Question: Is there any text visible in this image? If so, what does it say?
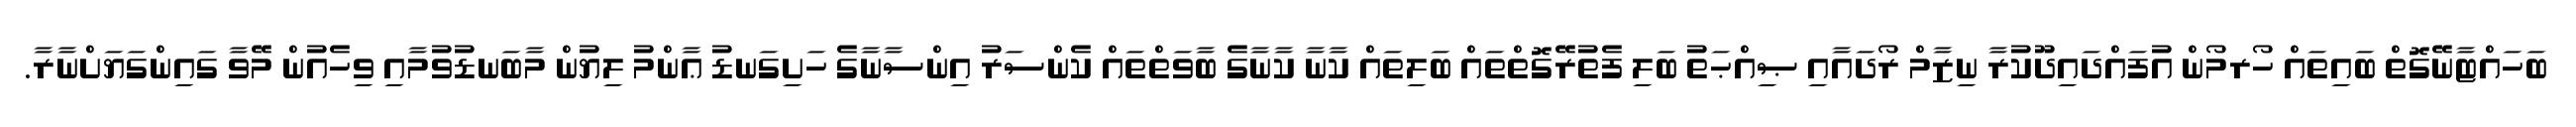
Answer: ބަހައްޓާނޭގޮތް ބައިތައް ހޯރމޯން އުފައްދައިދޫކުރާ ނިޒާމް ރޯދައާއި ޞިއްޙަތު ބަލި ފެތުރޭގޮތްތައް ބަލިތައް ކާނާ ކާނާގެ ބާވަތްތައް ކެންސަރު އިންސާނާގެ ހަށިގަނޑު ޢާންމު ލިޔުން މާބަނޑުވުމާއި ވިހެއުން މޭވާ ގައިންގަޔަށްނާރާ.